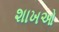
શાખઓ